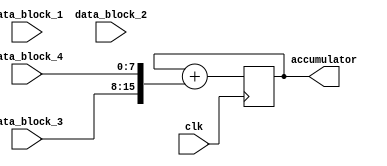
module parallel_accumulator (
    input wire clk,
    input wire [7:0] data_block_1,
    input wire [7:0] data_block_2,
    input wire [7:0] data_block_3,
    input wire [7:0] data_block_4,
    output wire [15:0] accumulator
);

reg [15:0] accumulator_reg;

always @(posedge clk) begin
    // Arithmetic block 1 - adds data_block_1 and data_block_2
    accumulator_reg <= accumulator_reg + {data_block_1, data_block_2};
    
    // Arithmetic block 2 - adds data_block_3 and data_block_4
    accumulator_reg <= accumulator_reg + {data_block_3, data_block_4};
end

assign accumulator = accumulator_reg;

endmodule